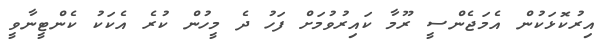
އިރުކޮޅަކުން އެމަޖެންސީ ރޫމާ ކައިރުވުމަށް ފަހު ދެ މީހުން ކުރެ އެކަކު ކެންޓީނާވީ